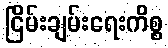
ငြိမ်းချမ်းရေးကိစ္စ